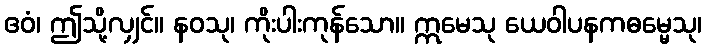
ဧဝံ၊ ဤသို့လျှင်။ နဝသု၊ ကိုးပါးကုန်သော။ ဣမေသု ယေဝါပနကဓမ္မေသု၊